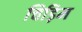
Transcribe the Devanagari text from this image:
चिड़िम